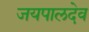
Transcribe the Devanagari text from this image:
जयपालदेव